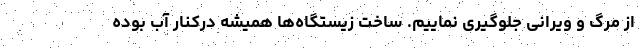
از مرگ و ویرانی جلوگیری نماییم. ساخت زیستگاه‌ها همیشه درکنار آب بوده